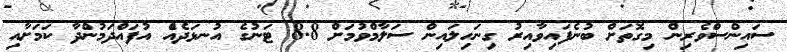
ސައިންސްވެރިން މިގޮތަށް ބުނެފައިވާއިރު ގިނަހިލައިން ސަލާމްވުމަށް 8.8 ޓަނުގެ އުނޅަދެއެް އުފައްދަމުންދާ ކަމަށާއި